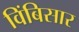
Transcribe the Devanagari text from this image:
विंबिसार